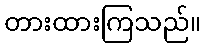
တားထားကြသည်။